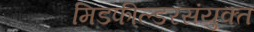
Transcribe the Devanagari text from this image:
मिडफील्डरसंयुक्त